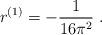
LaTeX: \begin{align*}r^ {(1)} = - \frac {1} {16 \pi^ 2} \ .\end{align*}